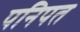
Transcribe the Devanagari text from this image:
पनिपत